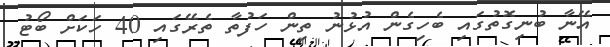
އޭނާ ބުނިގޮތުގައި ބެހިގެން އުޅުނު ތިން ހަފުތާ ތެރޭގައި 40 ހަކަށް ބޯޓު